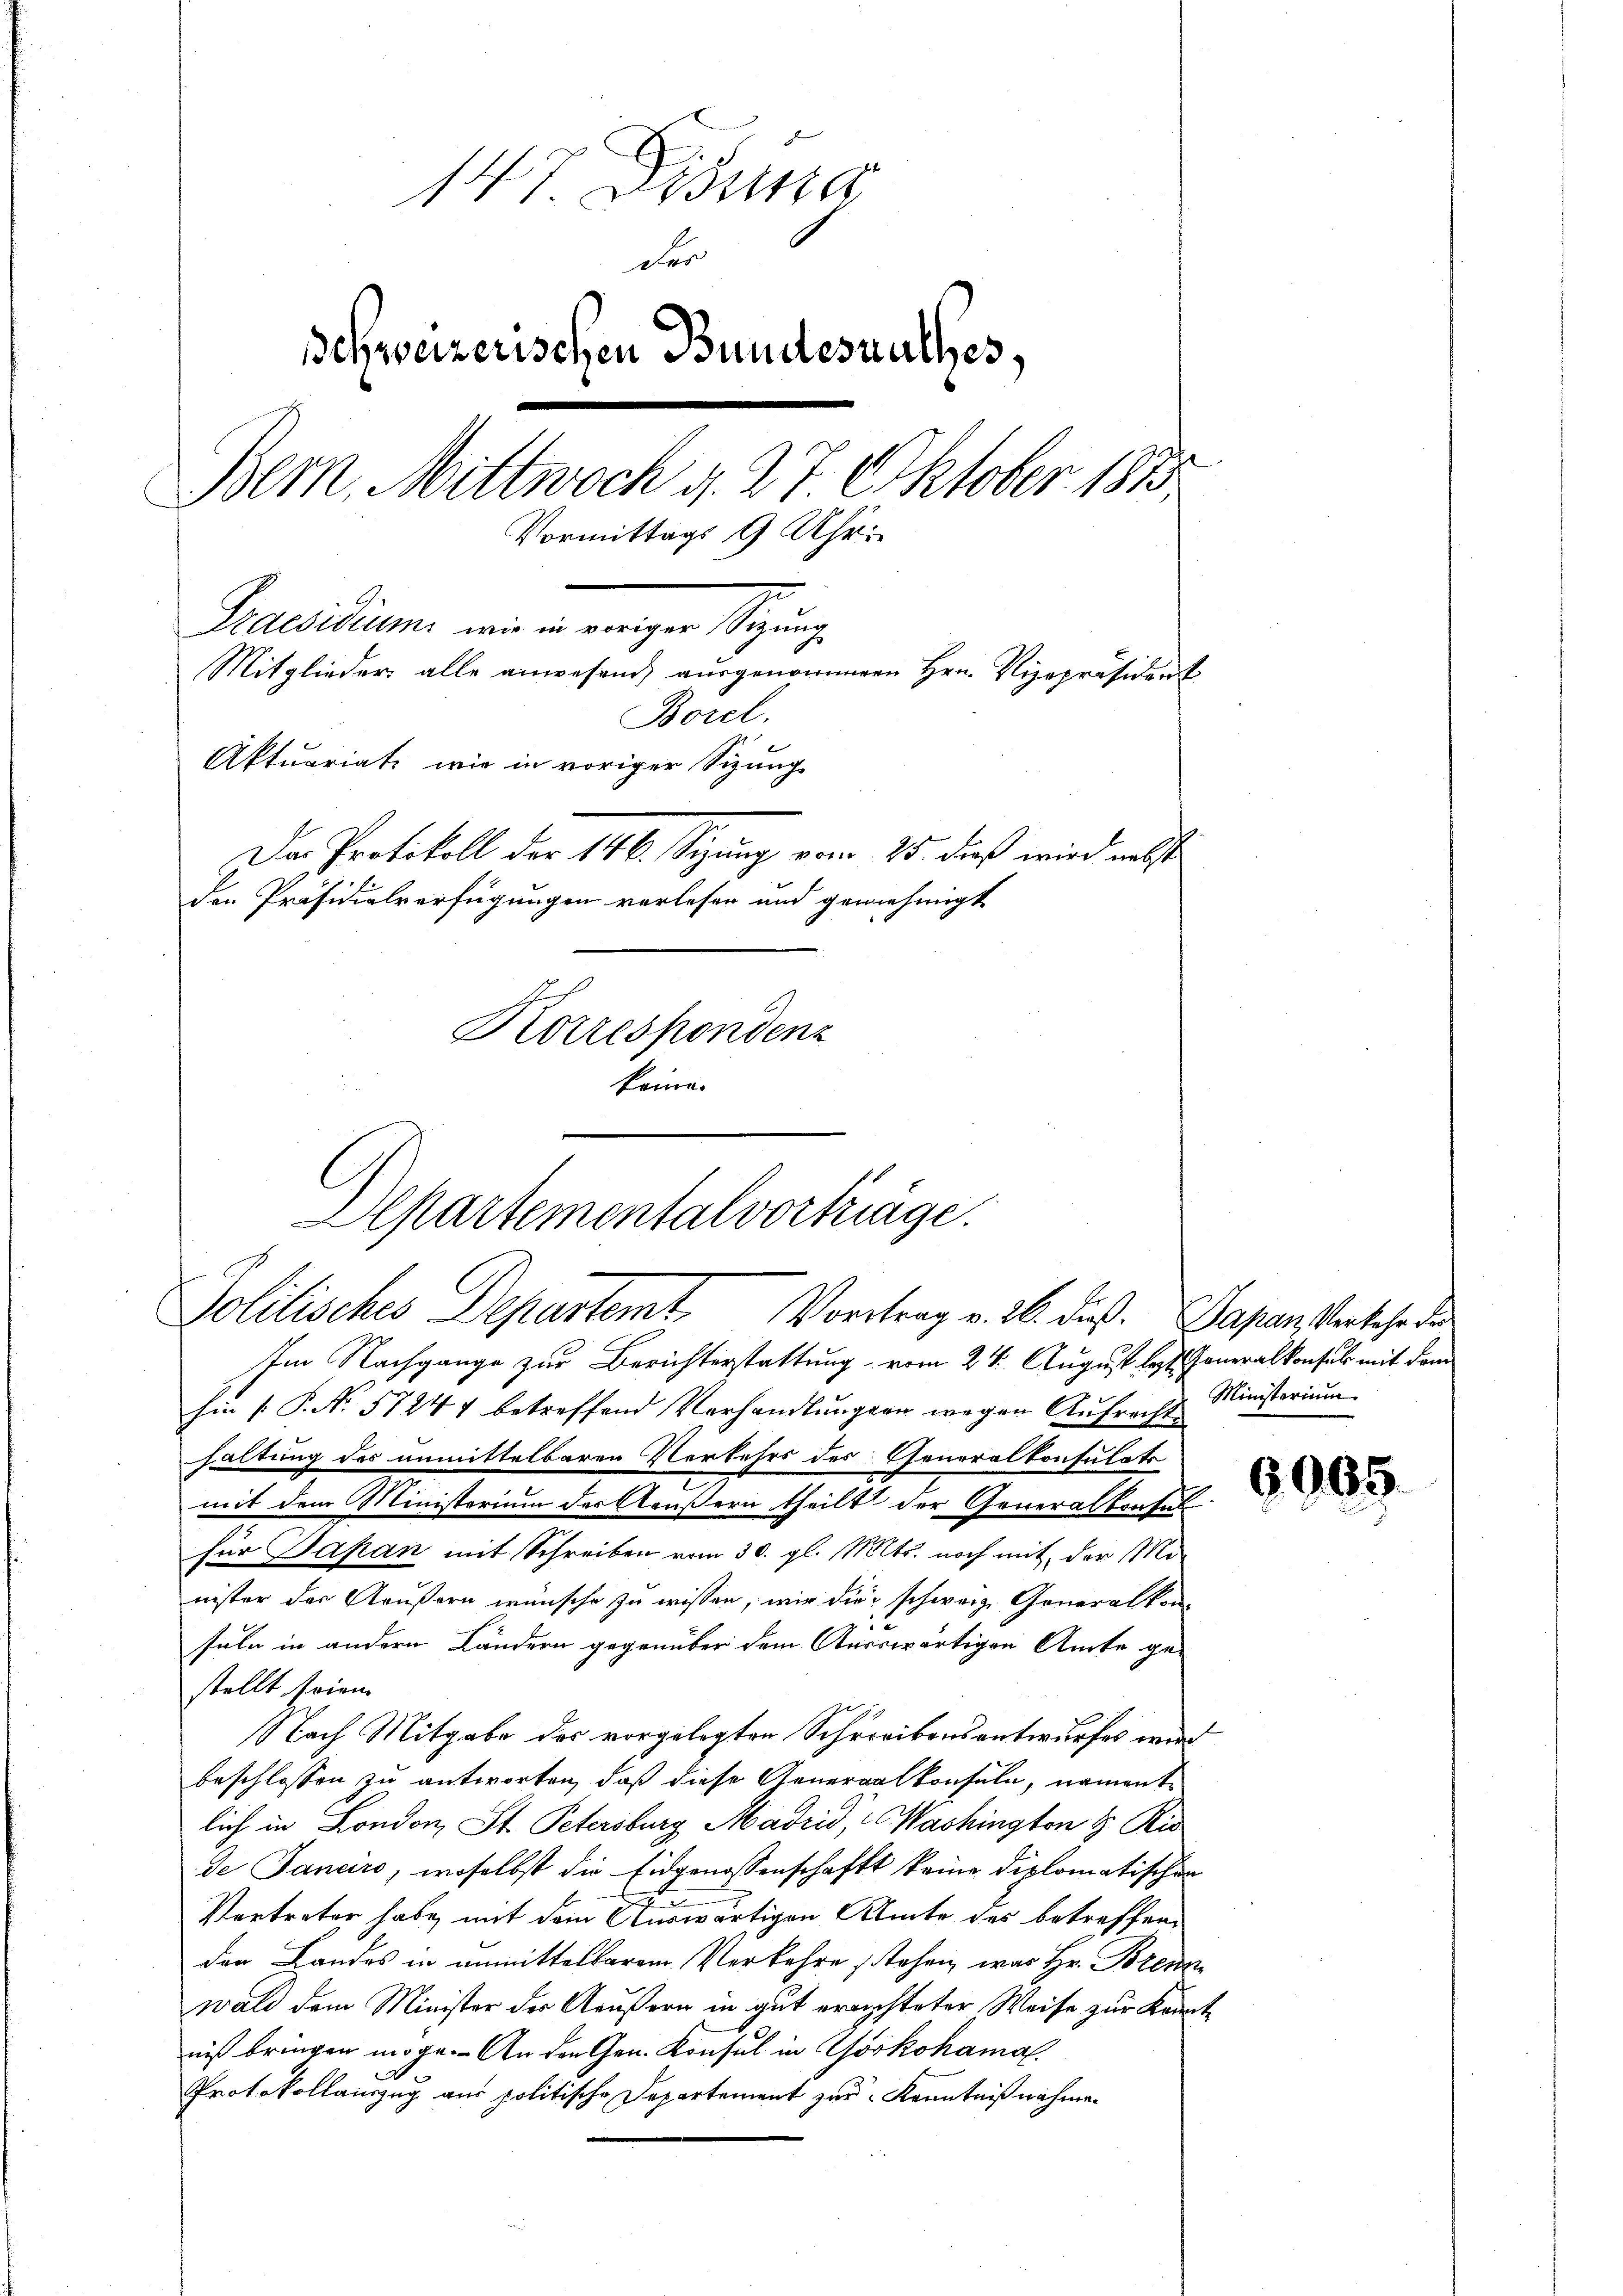
147. Deine
der
Ichweizerischen Bundesrathes,
Bern, Mittwoch v. 27 Oktober 1875
Vormittags 9 Uhr.
Praesidium wir eingen zuge
Mitglieder alle anwesend, ausgenommenen Hrn. Vizepräsident
Borel.
Aktuariats, wie in voriger Sizung
Das Protokoll der 146. Sitzung vom 25. dieß wird nebst
den Präsidialverfügungen verlesen und genehmigt
Korrespondenz
keine

Alpartementalvorträge.
Politisches Departemt Vortrag v. 26. dieß. Sapan Verkehr dies

Im Nachgange zur Berichterstattung vom 24. August les Generalkonsul mit dem
hin /: P. Nr. 57244 betreffend Verhandlŭngen wegen Aŭfrecht Ministerium
haltung des unmittelbaren Verkehrs des Generalkonsulats
mit dem Ministerium der Aeußern theilt der Generalkonsul
für Japan mit Schreiben vom 30. gl. Mts. noch mit der Minister der Aeußern wünsche zu wissen, wir die schweiz. Generalkon-
15
suln in andern Ländern gegenüber dem Auswärtigen Amte ge-
stellt seien.
Nach Mitgabe des vorgelegten Schreibensantwurfes wird
beschlossen zu antworten, daß diese Generalkonsuln, namente
lich in London, St. Petersburg Madrid, Washington & Ris
de Sanciro, woselbst die Eidgenossenschaft keine diplomatischen
s
Vertreter habe, mit dem Auswärtigen Amte des betreffenden Landes in unmittelbarem Verkehre stehen, was Hr. Brenn
wald dem Minister der Aeußern in gut errichteter Weise zur Kennte
niß bringen möge. An den Gen. Konsul in Yokohamal
d.
Protokollauszug aus politische Departement zur Kenntnißnahme¬

6000